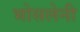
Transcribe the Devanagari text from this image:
भोसलेनी